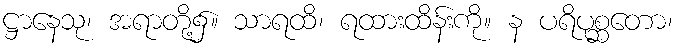
ဋ္ဌာနေသု၊ အရာတို့၌။ သာရထိ၊ ရထားထိန်းကို။ န ပရိပုစ္ဆတော၊